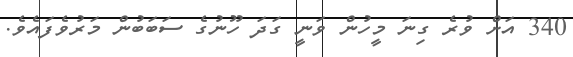
340 އަށް ވުރެ ގިނަ މީހުން ވަނީ ގަދަ ހޫނުގެ ސަބަބުން މަރުވެފައެވެ.